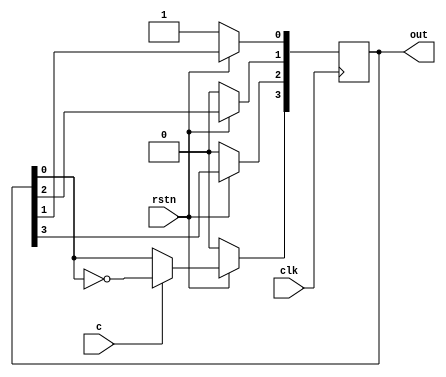
module johnson_ctr  (input clk,input rstn,output reg [3:0] out,input wire c);  
  integer i;
  always @ (posedge clk) begin  
      if (!rstn)  
         out <= 1;  
      else begin  
        out[3] <= (c==1)?(~out[0]):(out[0]);  
        for ( i = 0; i < 3; i=i+1) begin  
          out[i] <= out[i+1];  
        end  
      end  
  end  
endmodule